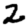
Digit: 2